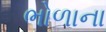
ભોળાના